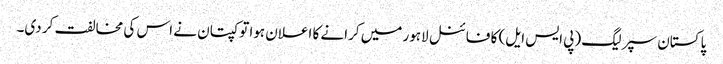
پاکستان سپر لیگ (پی ایس ایل) کا فائنل لاہور میں کرانے کا اعلان ہوا تو کپتان نے اس کی مخالفت کر دی۔